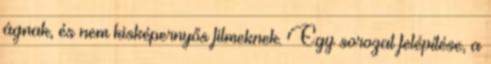
ágnak, és nem kisképernyős filmeknek. Egy sorozat felépítése, a